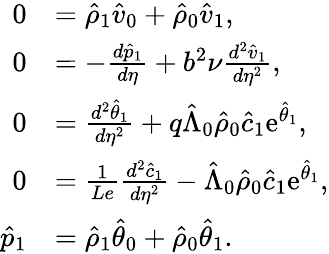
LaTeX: \begin{array}{rl}{0}&{=\hat{\rho}_{1}\hat{v}_{0}+\hat{\rho}_{0}\hat{v}_{1},}\\ {0}&{=-\frac{d\hat{p}_{1}}{d\eta}+b^{2}\nu\frac{d^{2}\hat{v}_{1}}{d\eta^{2}},}\\ {0}&{=\frac{d^{2}\hat{\theta}_{1}}{d\eta^{2}}+q\hat{\Lambda}_{0}\hat{\rho}_{0}\hat{c}_{1}\mathrm{e}^{\hat{\theta}_{1}},}\\ {0}&{=\frac{1}{Le}\frac{d^{2}\hat{c}_{1}}{d\eta^{2}}-\hat{\Lambda}_{0}\hat{\rho}_{0}\hat{c}_{1}\mathrm{e}^{\hat{\theta}_{1}},}\\ {\hat{p}_{1}}&{=\hat{\rho}_{1}\hat{\theta}_{0}+\hat{\rho}_{0}\hat{\theta}_{1}.}\end{array}